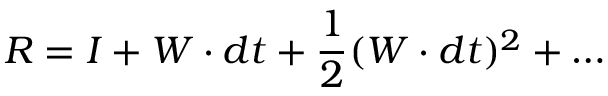
R = I + W \cdot d t + { \frac { 1 } { 2 } } ( W \cdot d t ) ^ { 2 } + \ldots